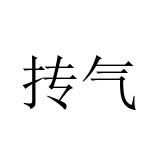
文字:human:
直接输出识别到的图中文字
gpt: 抟气